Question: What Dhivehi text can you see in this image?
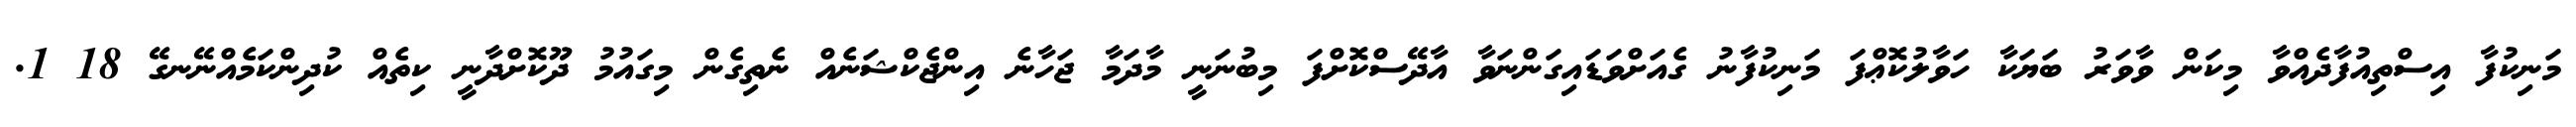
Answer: މަނިކުފާ އިސްތިއުފާދެއްވާ މިކަން ވާވަރު ބަޔަކާ ހަވާލުކޮޢްފަ މަނިކުފާނު ގެއަށްވަޑައިގަންނަވާ އާދޭސްކޮށްފަ މިބުނަނީ މާދަމާ ޖަހާނެ އިންޖެކްޝަނެއް ނެތިގެން މިގައުމު ދޫކޮށްދާނީ ކިތެއް ކުދިންކަމެއްނޭނގޭ 18 1.